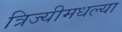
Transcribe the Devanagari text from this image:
त्रिज्यीमधल्या